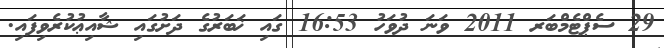
29 ސެޕްޓެމްބަރ 2011 ވަނަ ދުވަހު 16:53 ގައި ޚަބަރުގެ ދަށުގައި ޝާއިޢުކުރެވިފައި.